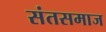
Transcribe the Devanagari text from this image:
संतसमाज